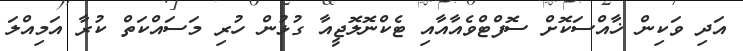
އަދި ވަކިން ޚާއްސަކޮށް ސޮފްޓްވެއާއާއި ޓެކްނޮލޮޖީއާ ގުޅުން ހުރި މަސައްކަތް ކުރާ އަމިއްލަ